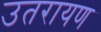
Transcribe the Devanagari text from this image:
उतरायण